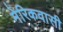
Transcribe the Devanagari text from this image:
मेरिकवासी